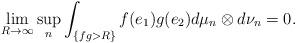
LaTeX: \begin{align*}\lim_{R\rightarrow\infty} \sup_n \int_{\{f g > R\}} f(e_1) g(e_2) d\mu_n\otimes d\nu_n &= 0. \end{align*}